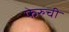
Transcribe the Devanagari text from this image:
फेरुची